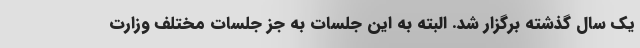
یک سال گذشته برگزار شد. البته به این‌ جلسات به جز جلسات مختلف وزارت